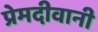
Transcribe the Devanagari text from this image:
प्रेमदीवानी